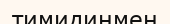
тимидинмен